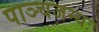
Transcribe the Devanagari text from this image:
पाञ्चजन्यः